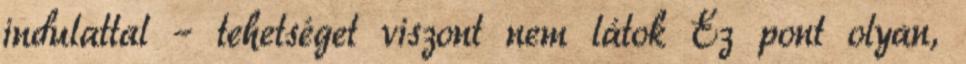
indulattal – tehetséget viszont nem látok Ez pont olyan,